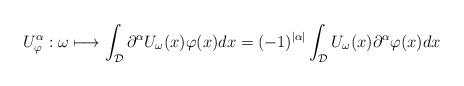
LaTeX: \begin{align*} U_{\varphi}^{\alpha} : \omega \longmapsto\int_{\mathcal{D}} \partial^{\alpha}U_{\omega}(x)\varphi(x)dx = (-1)^{|\alpha|}\int_{\mathcal{D}} U_{\omega}(x)\partial^{\alpha}\varphi(x)dx \end{align*}